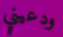
ودعيني